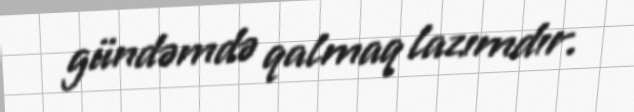
gündəmdə qalmaq lazımdır.